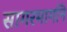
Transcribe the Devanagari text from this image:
सागरमार्गाने